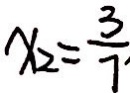
x _ { 2 } = \frac { 3 } { 7 }